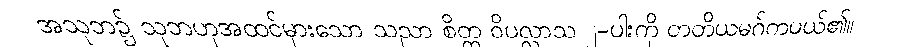
အသုဘ၌ သုဘဟုအထင်မှားသော သညာ စိတ္တ ဝိပလ္လာသ ၂-ပါးကို တတိယမဂ်ကပယ်၏။